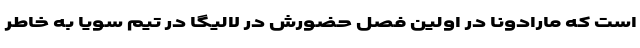
است که مارادونا در اولین فصل حضورش در لالیگا در تیم سویا به خاطر